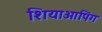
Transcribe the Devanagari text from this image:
शियाओपिंग